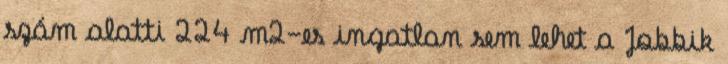
szám alatti 224 m2-es ingatlan sem lehet a Jobbik